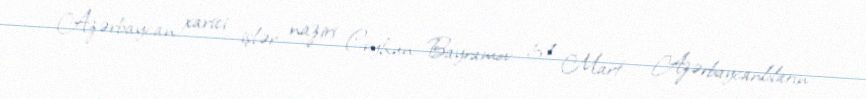
Azərbaycan xarici işlər naziri Ceyhun Bayramov 31 Mart - Azərbaycanlıların